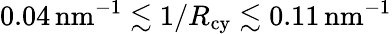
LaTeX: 0.04{\mathrm{\, nm}}^{-1}\lesssim 1/R_{\mathrm{cy}}\lesssim 0.11{\mathrm{\, nm}}^{-1}